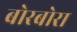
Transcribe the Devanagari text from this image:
बोरबोरा